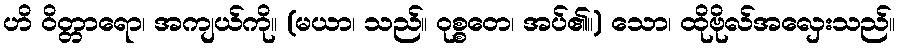
ဟိ ဝိတ္တာရော၊ အကျယ်ကို။ (မယာ၊ သည်။ ဝုစ္စတေ၊ အပ်၏။) သော၊ ထိုဗိုလ်အလှေးသည်။